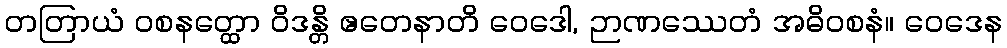
တတြာယံ ဝစနတ္ထော ဝိဒန္တိ ဧတေနာတိ ဝေဒေါ, ဉာဏဿေတံ အဓိဝစနံ။ ဝေဒေန